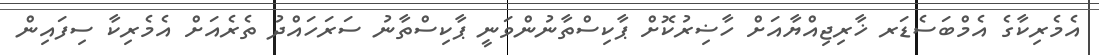
އެމެރިކާގެ އެމްބަސެޑަރ ޚާރިޖިއްޔާއަށް ހާޟިރުކޮށް ޕާކިސްތާނުންވަނީ ޕާކިސްތާނު ސަރަހައްދު ތެރެއަށް އެމެރިކާ ސިފައިން